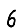
Digit: 6